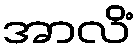
အာလိံ